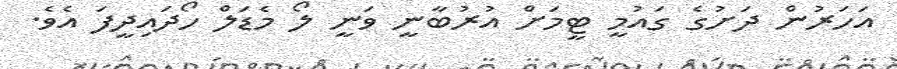
އަހަރުން ދަށުގެ ގައުމީ ޓީމަށް އުރުބާނީ ވަނީ ލޯ މެޑަލް ހޯދައިދީފަ އެވެ.